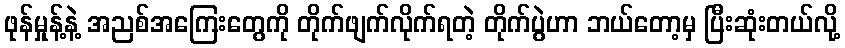
ဖုန်မှုန့်နဲ့ အညစ်အကြေးတွေကို တိုက်ဖျက်လိုက်ရတဲ့ တိုက်ပွဲဟာ ဘယ်တော့မှ ပြီးဆုံးတယ်လို့